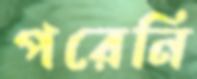
পরেনি